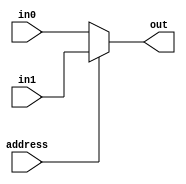
`timescale 1ns / 1ps
//////////////////////////////////////////////////////////////////////////////////
// Company: 
// 
// Design Name: 
// Module Name:    mux2x8 
// Project Name: 
// Target Devices: 
// Tool versions: 
// Description: 
//
// Dependencies: 
//
// Revision: 
// Revision 0.01 - File Created
// Additional Comments: 
//
//////////////////////////////////////////////////////////////////////////////////
module mux2x8(
    input address,
    input [7:0] in0,
    input [7:0] in1,
    output [7:0] out
    );
assign out = (address == 1'b1) ? in1 : in0;

endmodule